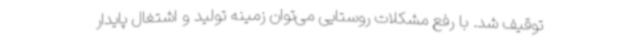
توقیف شد. با رفع مشکلات روستایی می‌توان زمینه تولید و اشتغال پایدار